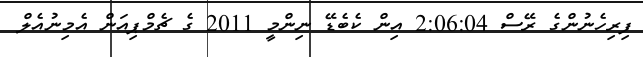
ފިރިހެނުންގެ ރޭސް 2:06:04 އިން ކެބެޑޭ ނިންމީ 2011 ގެ ޗެމްޕިއަން އެމިނުއެލް